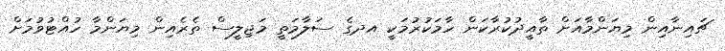
ޗައިނާއިން މިޔަންމާއަށް ތާއީދުކުރާކަން ހާމަކުރުމަކީ އދގެ ސަލާމަތީ މަޖިލީސް ތެރެއިން މިޔަންމާ ހުއްޓުވުމަށް